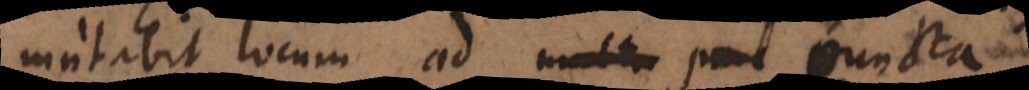
mutabit locum ad puncta